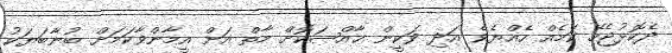
ދެކޮޅުޖެހޭ ކަމެއް ހެއްޔެވެ އަދި ވަކީން ޚާއްޞަކޮށް މާތް އަށް އީމާންވާކަމަށް ބުނާބަޔަކު